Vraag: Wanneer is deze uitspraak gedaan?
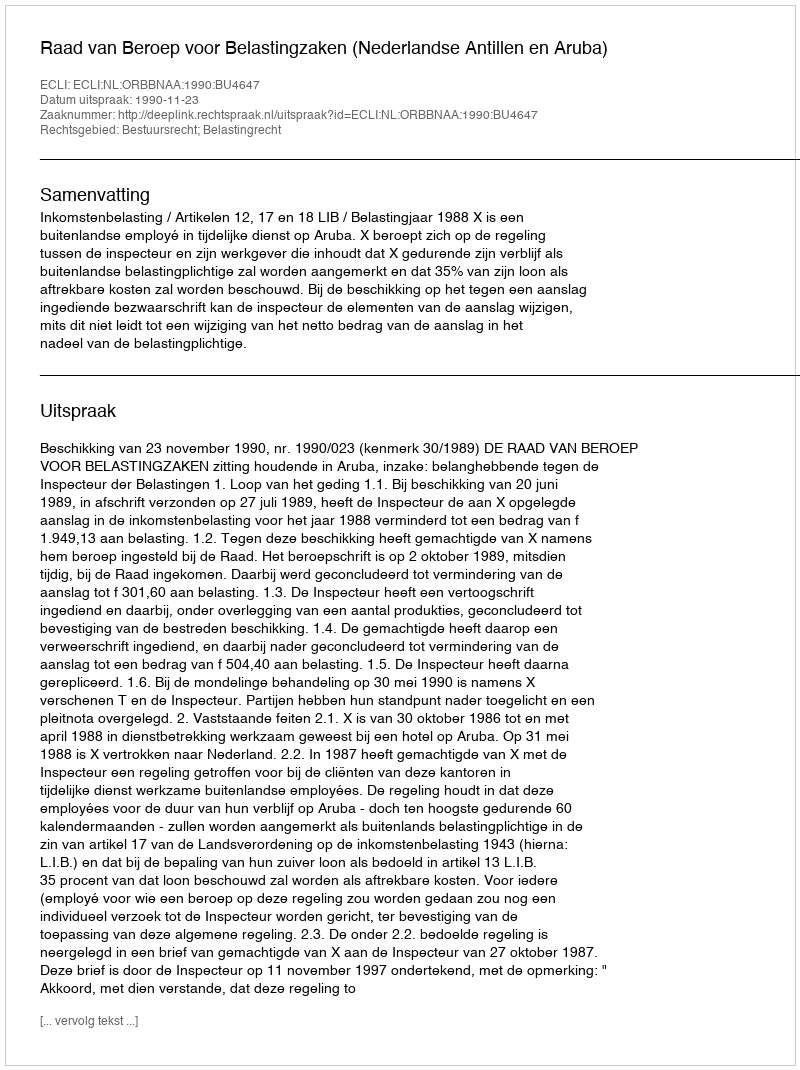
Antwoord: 1990-11-23